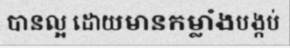
បានល្អ ដោយមានកម្លាំងបង្កប់